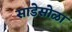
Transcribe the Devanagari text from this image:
साडेसोळा